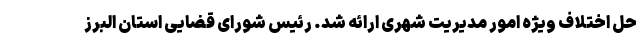
حل اختلاف ویژه امور مدیریت شهری ارائه شد. رئیس شورای قضایی استان البرز